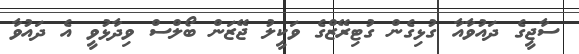
ސާޖީގެ ދައުވާއާ ގުޅިގެން ގުޓިރޭޒްގެ ވަކީލު ޖޭޒަން ބޯލްސް ވިދާޅުވީ އެ ދައުވާ